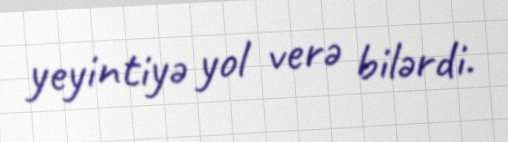
yeyintiyə yol verə bilərdi.